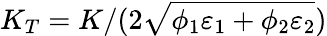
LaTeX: K_{T}=K/(2\sqrt{\phi_{1}\varepsilon_{1}+\phi_{2}\varepsilon_{2}})